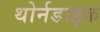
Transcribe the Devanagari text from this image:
थोर्नडाइक